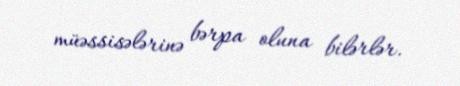
müəssisələrinə bərpa oluna bilərlər.